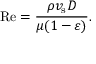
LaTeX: \mathrm { R e } = { \frac { \rho v _ { \mathrm { s } } D } { \mu ( 1 - \varepsilon ) } } .